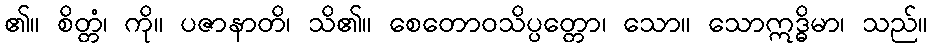
၏။ စိတ္တံ၊ ကို။ ပဇာနာတိ၊ သိ၏။ စေတောဝသိပ္ပတ္တော၊ သော။ သောဣဒ္ဓိမာ၊ သည်။